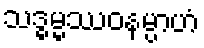
သဒ္ဓမ္မဿဝနမ္ပာဟံ